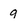
Character: q